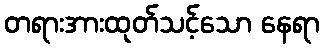
တရားအားထုတ်သင့်သော နေရာ